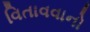
વિતાવવાનો